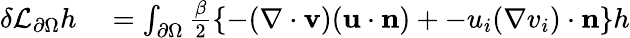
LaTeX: \begin{array}{rl}{\delta\mathcal{L}_{\partial\Omega}h}&{{}=\int_{\partial\Omega}\frac{\beta}{2}\left\{ -(\nabla\cdot\mathbf{v})(\mathbf{u}\cdot\mathbf{n})+-u_{i}(\nabla v_{i})\cdot\mathbf{n}\right\} h}\end{array}